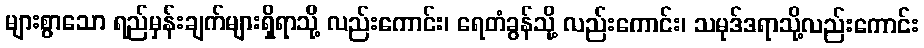
များစွာသော ရည်မှန်းချက်များရှိရာသို့ လည်းကောင်း၊ ရေတံခွန်သို့ လည်းကောင်း၊ သမုဒ်ဒရာသို့လည်းကောင်း